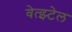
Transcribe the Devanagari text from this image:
वेत्झ्टेल